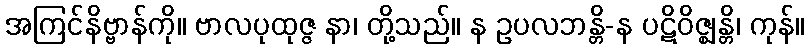
အကြင်နိဗ္ဗာန်ကို။ ဗာလပုထုဇ္ဇ နာ၊ တို့သည်။ န ဥပလဘန္တိ-န ပဋိဝိဇ္ဈန္တိ၊ ကုန်။